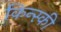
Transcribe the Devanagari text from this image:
किन्स्की